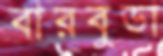
বারবুডা